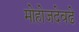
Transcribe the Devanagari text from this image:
मोहोजदेवढे